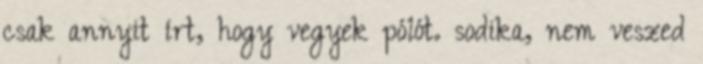
csak annyit írt, hogy vegyek pólót. sodika, nem veszed